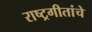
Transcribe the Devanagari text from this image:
राष्ट्रगीतांचे